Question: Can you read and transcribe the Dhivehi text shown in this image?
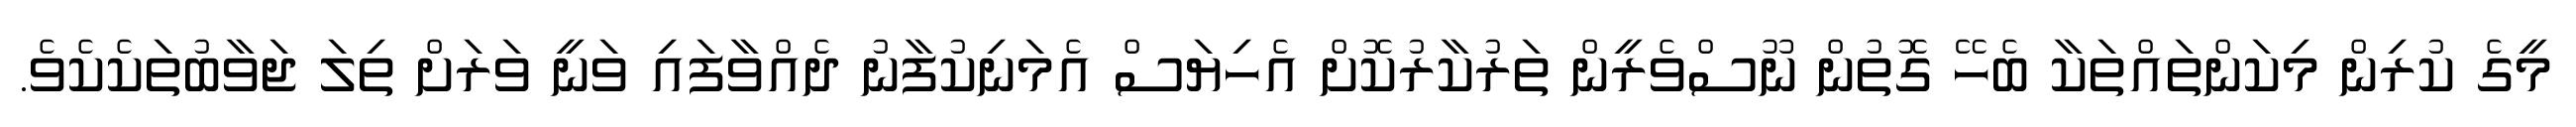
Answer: މީގެ ކުރިން މިކަންތައްތަކާ ބެހޭ ގޮތުން ނޫސްވެރީން ތަރުކާރުކޮށް އެހިޔަސް އެމަނިކުފާނު ދެއްވާފައި ވަނީ ވަރަށް ތިލަ ޖަވާބުތަކެކެވެ.